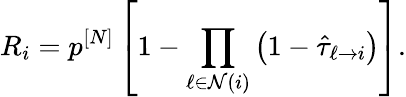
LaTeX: R_{i}=p^{[N]}\left[1-\prod_{\ell\in\mathcal{N}(i)}\left(1-\hat{\tau}_{\ell\rightarrow i}\right)\right].